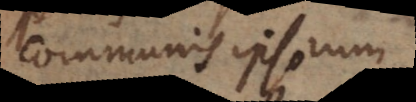
communis ipsorum